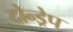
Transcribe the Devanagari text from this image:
दोन्ड्रेप